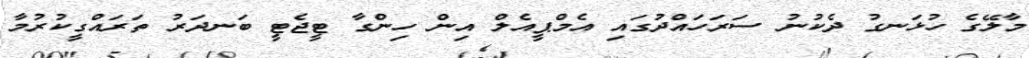
މާލޭގެ ހުޅަނގު ދެކުނު ސަރަަހައްދުގައި އެމްޕީއެލް އިން ހިންގާ ޓީޖެޓީ ބަނދަރު ތަަރައްގީކުރުމާ